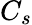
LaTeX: C_{s}